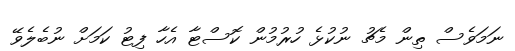
ނަމަވެސް ތިން މެޗު ނުކުޅެ ހުރުމުން ކޮސްޓާ އެހާ ފިޓު ކަމަށް ނުބެލެވޭ